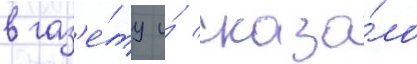
в газ'е́ту и́ сказа́ло